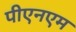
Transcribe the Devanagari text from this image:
पीएनएम